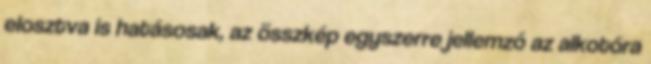
elosztva is hatásosak, az összkép egyszerre jellemző az alkotóra